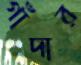
গাঁদার